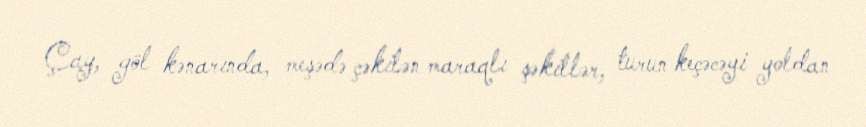
Çay, göl kənarında, meşədə çəkilən maraqlı şəkillər, turun keçəcəyi yoldan